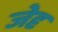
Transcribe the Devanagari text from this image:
जेदृ